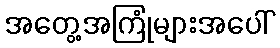
အတွေ့အကြုံများအပေါ်